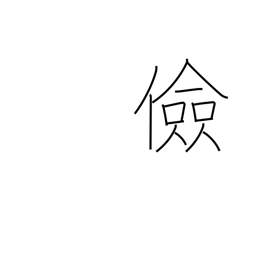
Meaning: thrifty